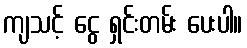
ကျသင့် ငွေ ရှင်းတမ်း ပေးပါ။